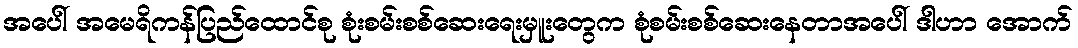
အပေါ် အမေရိကန်ပြည်ထောင်စု စုံးစမ်းစစ်ဆေးရေးမှူးတွေက စုံစမ်းစစ်ဆေးနေတာအပေါ် ဒါဟာ အောက်